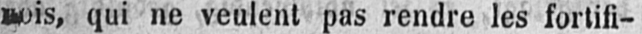
nois, qui ne veulent pas rendre les fortifi-